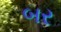
બર